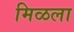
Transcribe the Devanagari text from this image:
मिळला